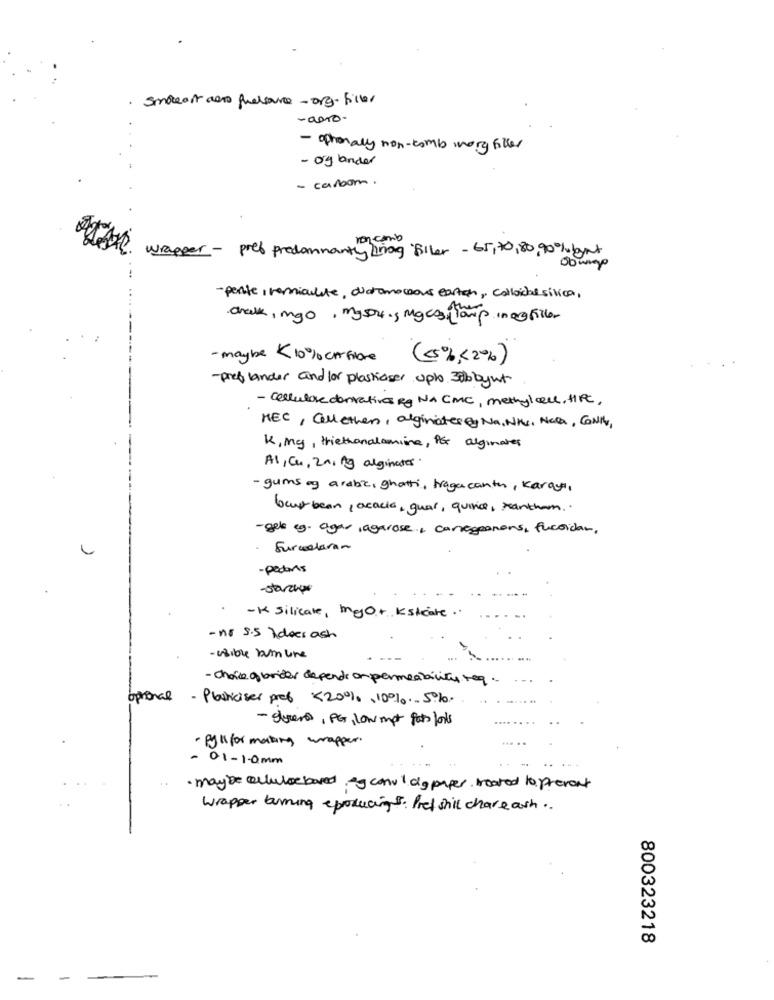
· smoleast as quelsource-org-filler
-apro-
- optionally non-comb morg filter
- oglander
- carbon.
wrapper - pred predominantly nog Biler - 65,70,80, 90 % but
- perte, remiculite, diatomaceous carton, colloichesilica,
chalk, mgo, myson ., Macos lamp in a file
- maybe 10% carfiore (<5% <2%)
- pref lander and for plastiaser upto 30boyut
- cellulare dentatives Rg NA CMC, methylal, HPC.
NEC, Callethen, alginates , Na, NA, Na, CNN,
K, my, triethanolamine, PG alginates
A1, Cu, 2n, Ag alginates.
- gums og arabic, ghatti, tragacanth, Karaya,
bout bean, acacia, guar, quince, xanthan ..
-gele ug. ogar ,agarose , conagranons, fucoidar.
Furcadlaran
- peders
- starcie
-K silicate, mejor Ksicare ..
- no s.5 Ideer ash
- visible bum une
- choice of brider depends on permeability req ..
optional - Plasticiser prob <20% ,10%- 5%
- Foren, PG, low mpt fats looks
· pyl for making wrapper.
- 01-1-0mm
..
· maybe octubrebased &g canvlagpaper treated to prevent
Wrapper burning eproducing 5. Pref shill chare ash ..
800323218
-
-